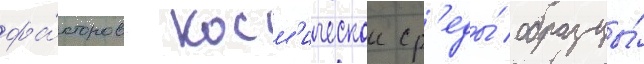
фа́кторов косм'ическои ср'еды́ образцы́